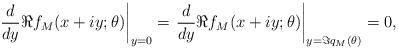
LaTeX: \begin{align*} \left.\frac{d}{d y} \Re{f_{M}(x + iy; \theta)}\right|_{y=0} = \left.\frac{d}{d y} \Re{f_{M}(x + iy; \theta)}\right|_{y=\Im{q_{M}(\theta)}} = 0,\end{align*}